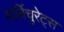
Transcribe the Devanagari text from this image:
बार्बिचुरेट्स